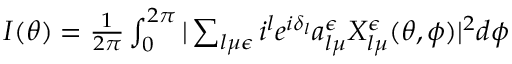
\begin{array} { r } { I ( \theta ) = \frac { 1 } { 2 \pi } \int _ { 0 } ^ { 2 \pi } \vert \sum _ { l \mu \epsilon } i ^ { l } e ^ { i \delta _ { l } } a _ { l \mu } ^ { \epsilon } X _ { l \mu } ^ { \epsilon } ( \theta , \phi ) \vert ^ { 2 } d \phi } \end{array}